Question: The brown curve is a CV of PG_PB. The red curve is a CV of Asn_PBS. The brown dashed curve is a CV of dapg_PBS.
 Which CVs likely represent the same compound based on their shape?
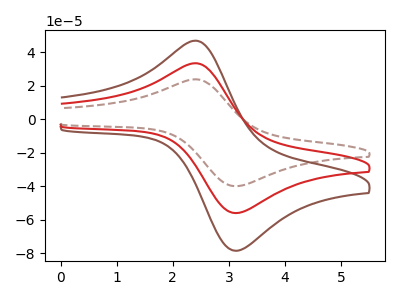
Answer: <think>The brown curve "PG_PB" has an anodic peak at (2.40V, 46.95uA) and a cathodic peak at (3.15V, -78.35uA). The red curve "Asn_PBS" has an anodic peak at (2.40V, 33.50uA) and a cathodic peak at (3.15V, -55.85uA). The brown dashed curve "dapg_PBS" has an anodic peak at (2.40V, 66.95uA) and a cathodic peak at (3.15V, -111.75uA).
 All the peaks in "PG_PB" have a peak in "Asn_PBS" at the same potential. Every peak in "PG_PB" is higher than every peak in "Asn_PBS". All the peaks in "PG_PB" have a peak in "dapg_PBS" at the same potential. Every peak in "PG_PB" is lower than every peak in "dapg_PBS". All the peaks in "Asn_PBS" have a peak in "dapg_PBS" at the same potential. Every peak in "Asn_PBS" is lower than every peak in "dapg_PBS".</think>
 <answer>"PG_PB", "Asn_PBS" and "dapg_PBS" have the same shape and are likely CV's of the same chemical.</answer>
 <eval>"PG_PB" "Asn_PBS" "dapg_PBS"</eval>